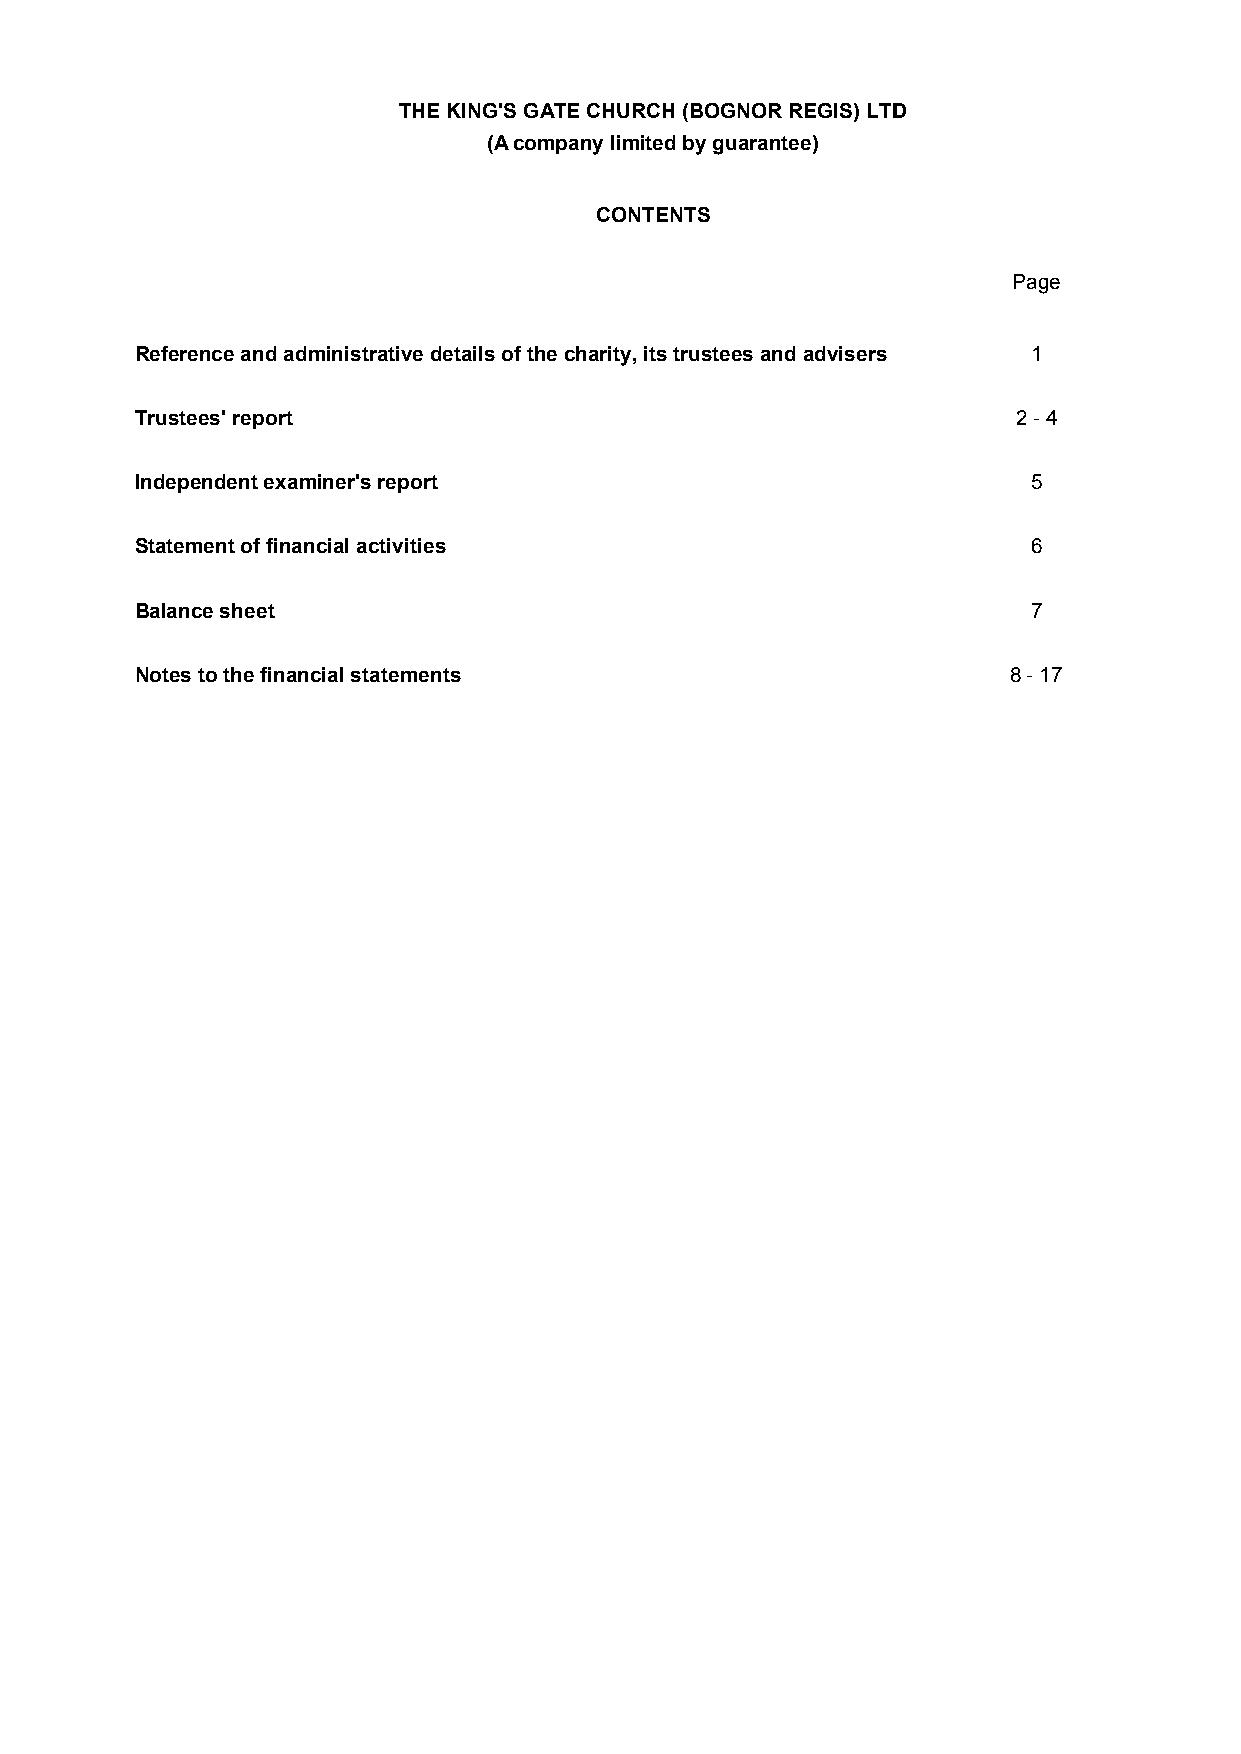
THE KING'S GATE CHURCH (BOGNOR REGIS) LTD
 (A company limited by guarantee)
 CONTENTS
 Page
 Reference and administrative details of the charity, its trustees and advisers 1
 Trustees' report                                          2 - 4
 Independent examiner's report                              5
 Statement of financial activities                          6
 Balance sheet                                              7
 Notes to the financial statements                         8 - 17